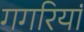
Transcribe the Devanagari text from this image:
गगरियां